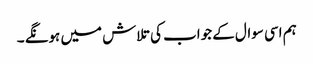
ہم اسی سوال کے جواب کی تلاش میں ہونگے ۔